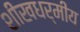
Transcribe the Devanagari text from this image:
शीखधर्मीय